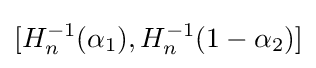
[H_{n}^{-1}(\alpha _{1}),H_{n}^{-1}(1-\alpha _{2})]